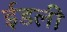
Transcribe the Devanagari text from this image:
ईडली